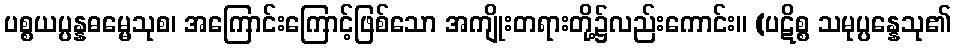
ပစ္စယပ္ပန္နဓမ္မေသုစ၊ အကြောင်းကြောင့်ဖြစ်သော အကျိုးတရားတို့၌လည်းကောင်း။ (ပဋိစ္စ သမုပ္ပန္နေသု၏